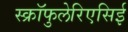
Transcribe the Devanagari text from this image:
स्क्रॉफुलेरिएसिई